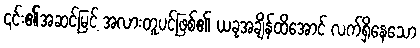
၎င်း၏အဆင့်မြင့် အလားတူပင်ဖြစ်၏ ယခုအချိန်ထိအောင် လက်ရှိနေသော